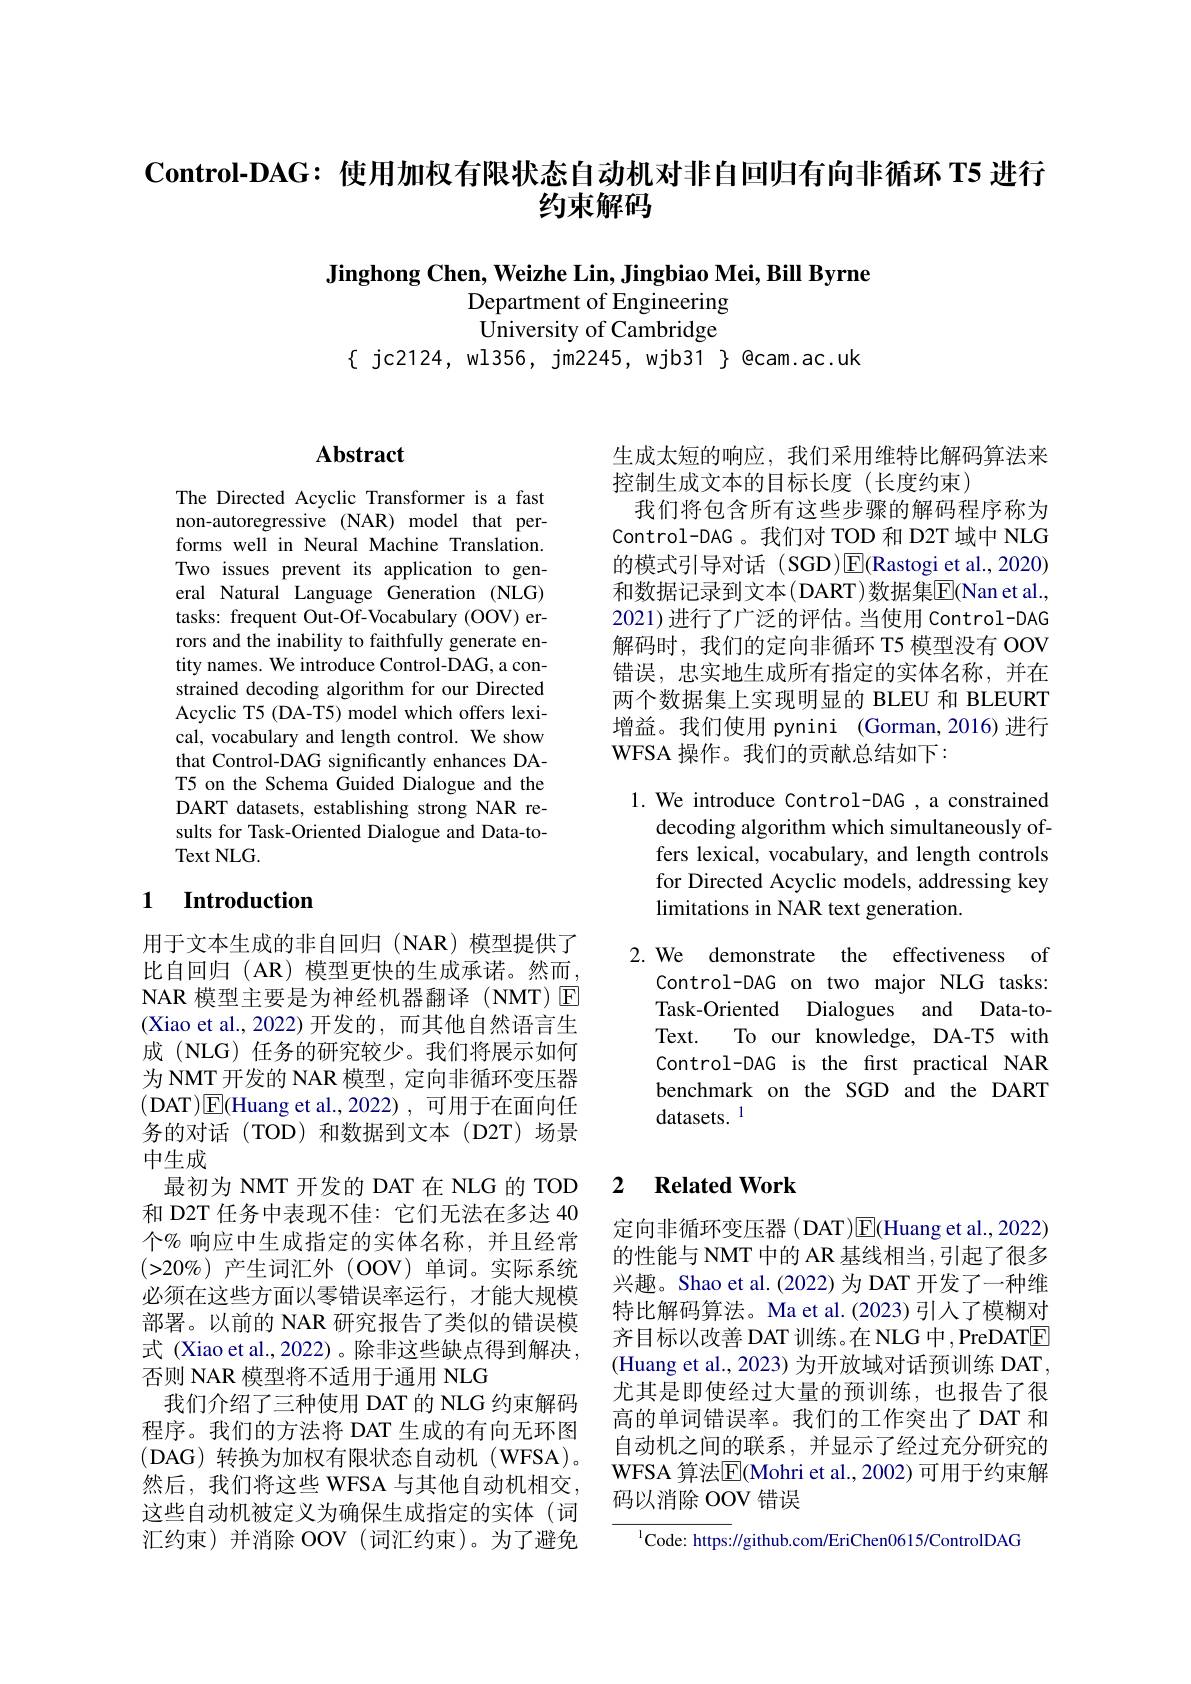
Control-DAG: 使用加权有限状态自动机对非自回归有向非循环 T5 进行
约束解码

Jinghong Chen, Weizhe Lin, Jingbiao Mei, Bill Byrne
Department of Engineering University of Cambridge
$\{$ jc2124, wl356, jm2245, wjb31 $\}$ @cam.ac.uk

# Abstract

The Directed Acyclic Transformer is a fast non-autoregressive (NAR) model that performs well in Neural Machine Translation. Two issues prevent its application to general Natural Language Generation (NLG) tasks: frequent Out-Of-Vocabulary (OOV) errors and the inability to faithfully generate entity names. We introduce Control-DAG, a constrained decoding algorithm for our Directed Acyclic T5 (DA-T5) model which offers lexical, vocabulary and length control. We show that Control-DAG significantly enhances DAT5 on the Schema Guided Dialogue and the DART datasets, establishing strong NAR results for Task-Oriented Dialogue and Data-to- $\operatorname{Text}\operatorname{NLG.}$

### 1 $\textbf{Introduction}$

用于文本生成的非自回归(NAR)模型提供了比自回归(AR)模型更快的生成承诺。然而， NAR 模型主要是为神经机器翻译 (NMT) E (Xiao et al., 2022)开发的，而其他自然语言生成 (NLG) 任务的研究较少。我们将展示如何为 NMT 开发的 NAR 模型，定向非循环变压器(DAT)$\boxed{\mathrm{E}}$(Huang et al.,2022),可用于在面向任务的对话(TOD)和数据到文本(D2T)场景中生成
最初为 NMT 开发的 DAT 在 NLG 的 TOD 和 D2T 任务中表现不佳：它们无法在多达 40个% 响应中生成指定的实体名称，并且经常$(>20\%)$产生词汇外(OOV)单词。实际系统必须在这些方面以零错误率运行，才能大规模部署。以前的 NAR 研究报告了类似的错误模式 (Xiao et al., 2022)。除非这些缺点得到解决， 否则 NAR 模型将不适用于通用 NLG
我们介绍了三种使用 DAT 的 NLG 约束解码程序。我们的方法将 DAT 生成的有向无环图(DAG)转换为加权有限状态自动机(WFSA)。然后，我们将这些 WFSA 与其他自动机相交， 这些自动机被定义为确保生成指定的实体(词汇约束)并消除 OOV (词汇约束)。为了避免

生成太短的响应，我们采用维特比解码算法来
控制生成文本的目标长度(长度约束)
我们将包含所有这些步骤的解码程序称为Control-DAG 。我们对 TOD 和 D2T 域中 NLG 的模式引导对话(SGD)E(Rastogi et al.,2020) 和数据记录到文本(DART)数据集$\overline{\mathrm{E}}($Nan et al., 2021)进行了广泛的评估。当使用 Control-DAG 解码时，我们的定向非循环 T5 模型没有 OOV 错误，忠实地生成所有指定的实体名称，并在两个数据集上实现明显的 BLEU 和 BLEURT 增益。我们使用 pynini (Gorman,2016)进行WFSA 操作。我们的贡献总结如下：

1. We introduce Control-DAG , a constrained
decoding algorithm which simultaneously offers lexical, vocabulary, and length controls for Directed Acyclic models, addressing key limitations in NAR text generation.

2. We demonstrate the effectiveness of
Control-DAG on two major NLG tasks: Task-Oriented Dialogues and Data-toText. To our knowledge, DA-T5 with Control-DAG is the first practical NAR benchmark on the SGD and the DART datasets. 1

### 2 $\textbf{Related Work}$

定向非循环变压器(DAT)$\underline{\mathrm{E}}($Huang et al.,2022) 的性能与 NMT 中的 AR 基线相当，引起了很多兴趣。Shao et al.(2022) 为 DAT 开发了一种维特比解码算法。Ma et al.(2023)引入了模糊对齐目标以改善 DAT 训练。在 NLG 中 , PreDATE (Huang et al., 2023) 为开放域对话预训练 DAT , 尤其是即使经过大量的预训练，也报告了很高的单词错误率。我们的工作突出了 DAT 和自动机之间的联系，并显示了经过充分研究的WFSA 算法$\overline{\mathrm{E}}$(Mohri et al., 2002) 可用于约束解码以消除 OOV 错误

$^{\mathrm{l}}$Code: https://github.com/EriChen0615/ControlDAG